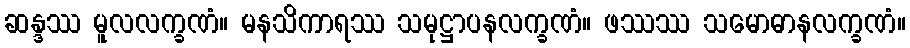
ဆန္ဒဿ မူလလက္ခဏံ။ မနသိကာရဿ သမုဋ္ဌာပနလက္ခဏံ။ ဖဿဿ သမောဓာနလက္ခဏံ။